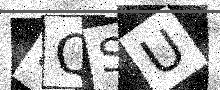
Text: DQSU